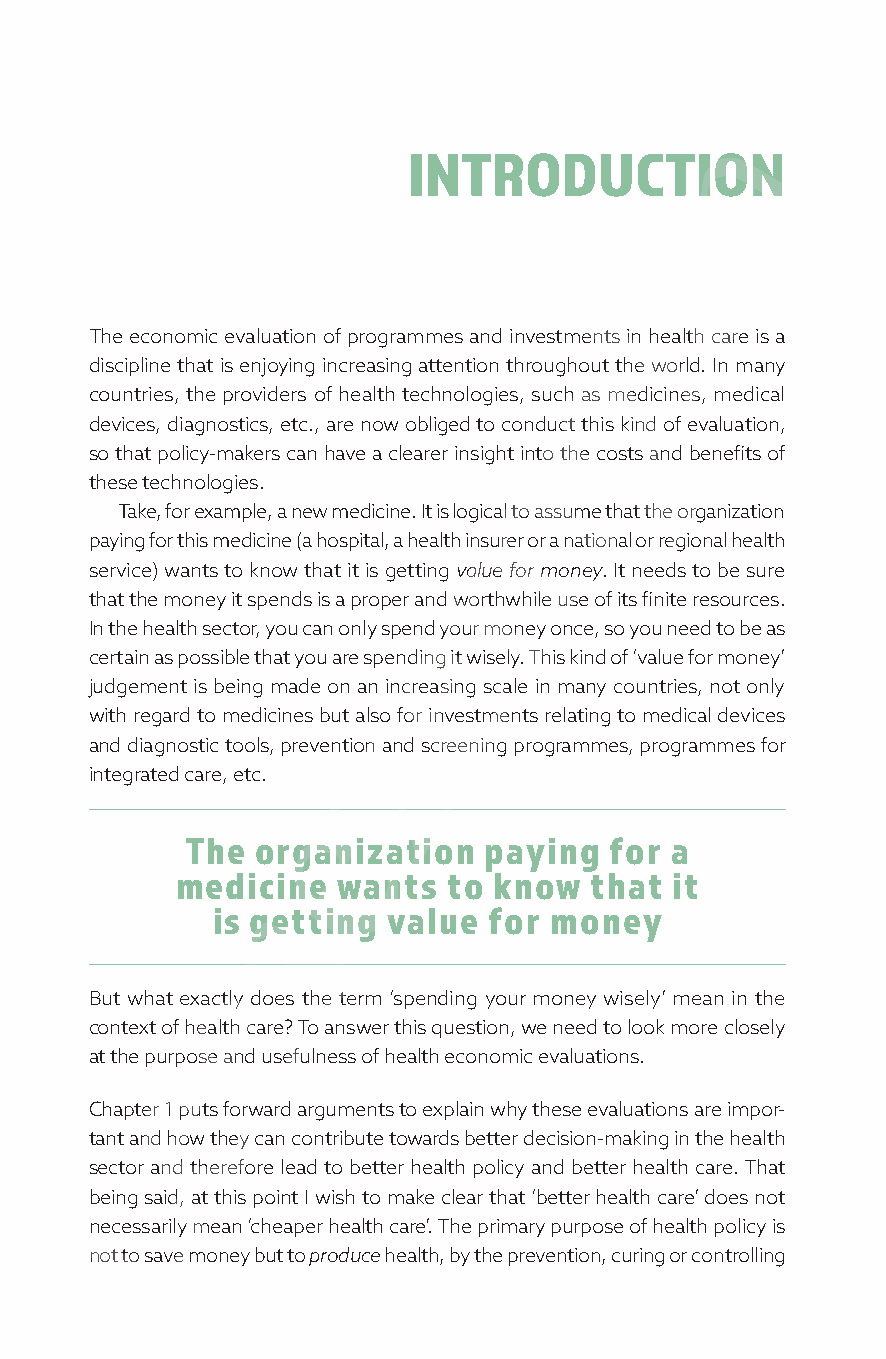
INTRODUCTION
 The economic evaluation of programmes and investments in health care is a
 discipline that is enjoying increasing attention throughout the world. In many
 countries, the providers of health technologies, such as medicines, medical
 devices, diagnostics, etc., are now obliged to conduct this kind of evaluation,
 so that policy-makers can have a clearer insight into the costs and benefits of
 these technologies.
 Take, for example, a new medicine. It is logical to assume that the organization
 paying for this medicine (a hospital, a health insurer or a national or regional health
 service) wants to know that it is getting value for money. It needs to be sure
 that the money it spends is a proper and worthwhile use of its finite resources.
 In the health sector, you can only spend your money once, so you need to be as
 certain as possible that you are spending it wisely. This kind of ‘value for money’
 judgement is being made on an increasing scale in many countries, not only
 with regard to medicines but also for investments relating to medical devices
 and diagnostic tools, prevention and screening programmes, programmes for
 integrated care, etc.
 The  organization   paying  for a
 medicine   wants  to know   that it
 is getting value  for money
 But what exactly does the term ‘spending your money wisely’ mean in the
 context of health care? To answer this question, we need to look more closely
 at the purpose and usefulness of health economic evaluations.
 Chapter 1 puts forward arguments to explain why these evaluations are impor-
 tant and how they can contribute towards better decision-making in the health
 sector and therefore lead to better health policy and better health care. That
 being said, at this point I wish to make clear that ‘better health care’ does not
 necessarily mean ‘cheaper health care’. The primary purpose of health policy is
 not to save money but to produce health, by the prevention, curing or controlling
 527527_113 Health economics.indb 7             30/05/2018 10:39:04